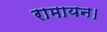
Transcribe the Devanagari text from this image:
रामायन।